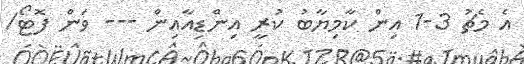
އެ މެޗު 3-1 އިން ކާމިޔާބު ކުރީ އިންޑިއާއިން --- ވަން ފޮޓޯ/